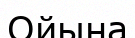
Ойына